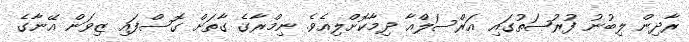
ރާދިން ލިބުނު ފުރުޞަތުގައި އަރްސަލްއާ ދިމާކޮށްލިއެވެ. ނިމްރާގެ ގާތަށް ގޮސްފައި ޒިވަން އޭނާގެ